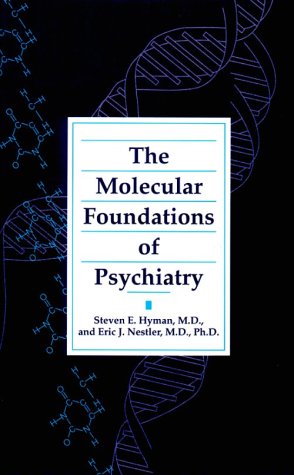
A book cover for Molecular Foundations of Psychiatry; Steven E. Hyman; Medical Books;